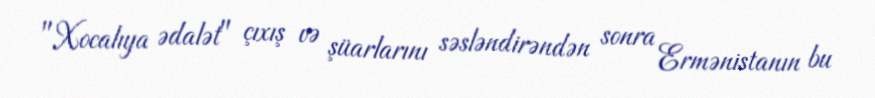
"Xocalıya ədalət" çıxış və şüarlarını səsləndirəndən sonra Ermənistanın bu